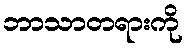
ဘာသာတရားကို